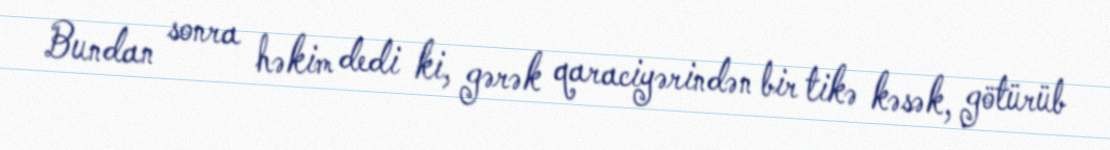
Bundan sonra həkim dedi ki, gərək qaraciyərindən bir tikə kəsək, götürüb